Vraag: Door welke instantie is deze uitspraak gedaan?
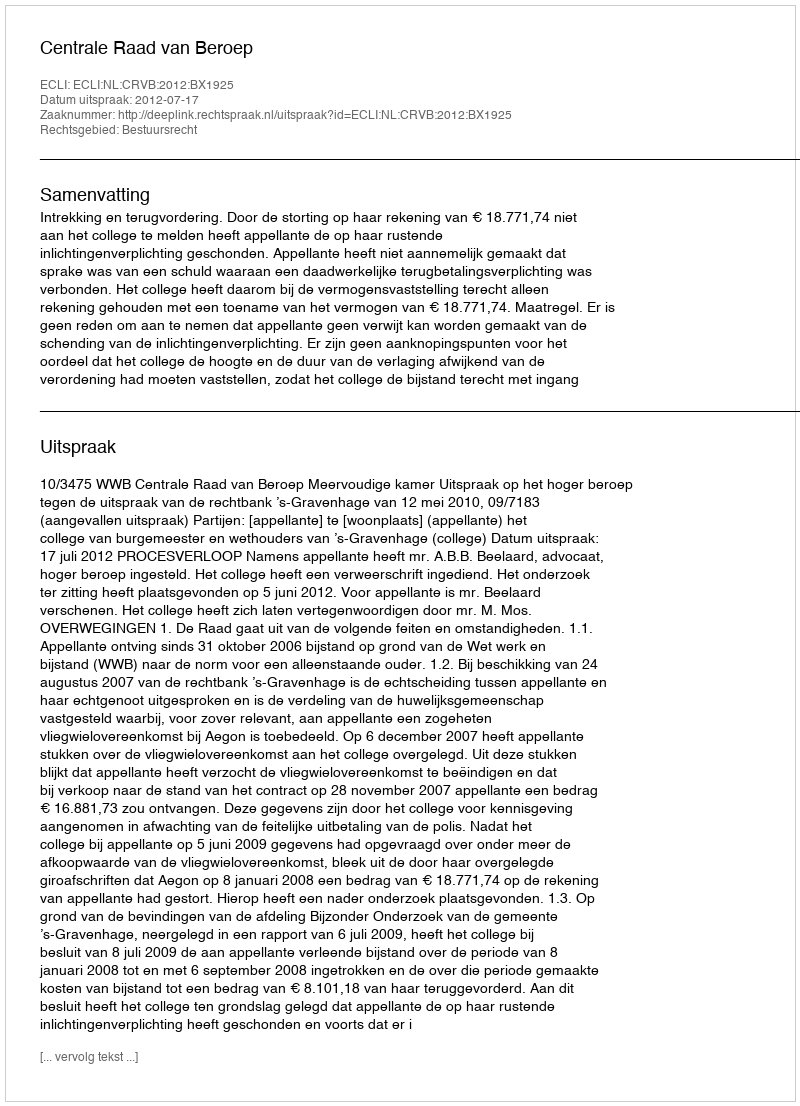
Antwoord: Centrale Raad van Beroep